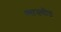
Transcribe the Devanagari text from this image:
व्याख्यीत